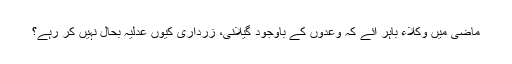
ماضی میں وکلاء باہر آئے کہ وعدوں کے باوجود گیلانی، زرداری کیوں عدلیہ بحال نہیں کر رہے؟